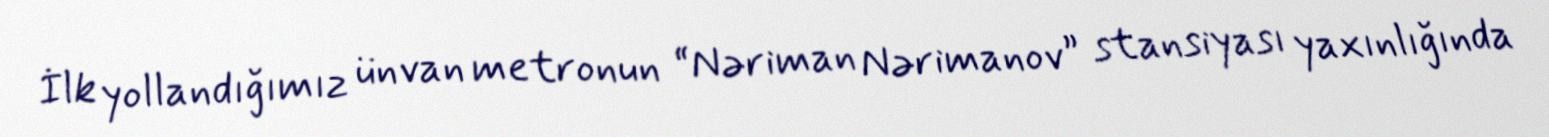
İlk yollandığımız ünvan metronun “Nəriman Nərimanov” stansiyası yaxınlığında